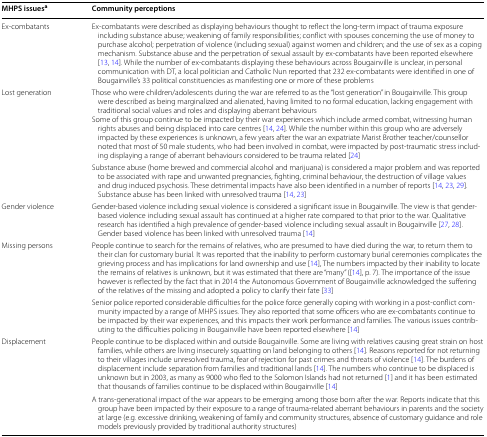
<table><thead><tr><td><b>MHPS issues<sup>a</sup></b></td><td><b>Community perceptions</b></td></tr></thead><tbody><tr><td>Ex-combatants</td><td>Ex-combatants were described as displaying behaviours thought to reflect the long-term impact of trauma exposure including substance abuse; weakening of family responsibilities; conflict with spouses concerning the use of money to purchase alcohol; perpetration of violence (including sexual) against women and children; and the use of sex as a coping mechanism. Substance abuse and the perpetration of sexual assault by ex-combatants have been reported elsewhere [13, 14]. While the number of ex-combatants displaying these behaviours across Bougainville is unclear, in personal communication with DT, a local politician and Catholic Nun reported that 232 ex-combatants were identified in one of Bougainville’s 33 political constituencies as manifesting one or more of these problems</td></tr><tr><td>Lost generation</td><td>Those who were children/adolescents during the war are referred to as the “lost generation” in Bougainville. This group were described as being marginalized and alienated, having limited to no formal education, lacking engagement with traditional social values and roles and displaying aberrant behavioursSome of this group continue to be impacted by their war experiences which include armed combat, witnessing human rights abuses and being displaced into care centres [14, 24]. While the number within this group who are adversely impacted by these experiences is unknown, a few years after the war an expatriate Marist Brother teacher/counsellor noted that most of 50 male students, who had been involved in combat, were impacted by post-traumatic stress including displaying a range of aberrant behaviours considered to be trauma related [24]</td></tr><tr><td>[EMPTY_CELL]</td><td>Substance abuse (home brewed and commercial alcohol and marijuana) is considered a major problem and was reported to be associated with rape and unwanted pregnancies, fighting, criminal behaviour, the destruction of village values and drug induced psychosis. These detrimental impacts have also been identified in a number of reports [14, 23, 29]. Substance abuse has been linked with unresolved trauma [14, 23]</td></tr><tr><td>Gender violence</td><td>Gender-based violence including sexual violence is considered a significant issue in Bougainville. The view is that gender-based violence including sexual assault has continued at a higher rate compared to that prior to the war. Qualitative research has identified a high prevalence of gender-based violence including sexual assault in Bougainville [27, 28]. Gender based violence has been linked with unresolved trauma [14]</td></tr><tr><td>Missing persons</td><td>People continue to search for the remains of relatives, who are presumed to have died during the war, to return them to their clan for customary burial. It was reported that the inability to perform customary burial ceremonies complicates the grieving process and has implications for land ownership and use [14], The numbers impacted by their inability to locate the remains of relatives is unknown, but it was estimated that there are “many” ([14], p. 7). The importance of the issue however is reflected by the fact that in 2014 the Autonomous Government of Bougainville acknowledged the suffering of the relatives of the missing and adopted a policy to clarify their fate [33]</td></tr><tr><td>[EMPTY_CELL]</td><td>Senior police reported considerable difficulties for the police force generally coping with working in a post-conflict community impacted by a range of MHPS issues. They also reported that some officers who are ex-combatants continue to be impacted by their war experiences, and this impacts their work performance and families. The various issues contributing to the difficulties policing in Bougainville have been reported elsewhere [14]</td></tr><tr><td>Displacement</td><td>People continue to be displaced within and outside Bougainville. Some are living with relatives causing great strain on host families, while others are living insecurely squatting on land belonging to others [14]. Reasons reported for not returning to their villages include unresolved trauma, fear of rejection for past crimes and threats of violence [14]. The burdens of displacement include separation from families and traditional lands [14]. The numbers who continue to be displaced is unknown but in 2003, as many as 9000 who fled to the Solomon Islands had not returned [1] and it has been estimated that thousands of families continue to be displaced within Bougainville [14]</td></tr><tr><td>[EMPTY_CELL]</td><td>A trans-generational impact of the war appears to be emerging among those born after the war. Reports indicate that this group have been impacted by their exposure to a range of trauma-related aberrant behaviours in parents and the society at large (e.g. excessive drinking, weakening of family and community structures, absence of customary guidance and role models previously provided by traditional authority structures)</td></tr></tbody></table>